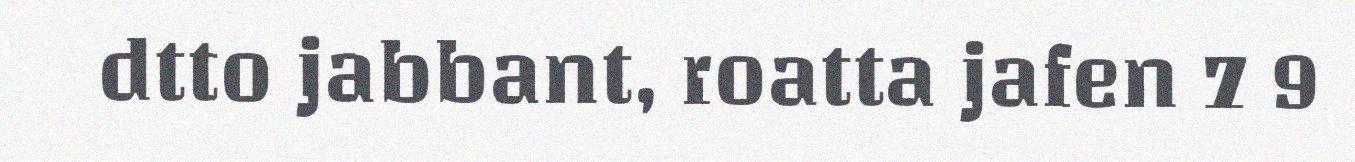
dtto jabbant, roatta jafen 7 9